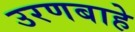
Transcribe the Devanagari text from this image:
उरणबाहे